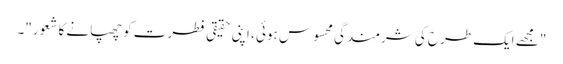
"مجھے ایک طرح کی شرمندگی محسوس ہوئی ، اپنی حقیقی فطرت کو چھپانے کا شعور"۔